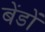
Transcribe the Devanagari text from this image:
बेंडों